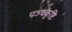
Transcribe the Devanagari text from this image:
पञ्चकृष्टि